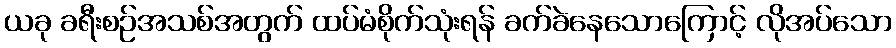
ယခု ခရီးစဉ်အသစ်အတွက် ထပ်မံစိုက်သုံးရန် ခက်ခဲနေသောကြောင့် လိုအပ်သော